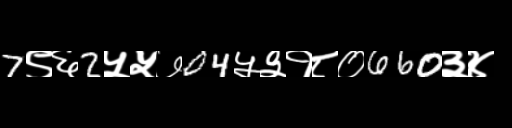
Text: 7९६2५५७04५३१८०660३४